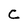
Character: c